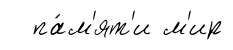
па́м'ят'и м'ир